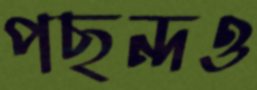
পছন্দও